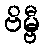
ဗိမ္ဗီ